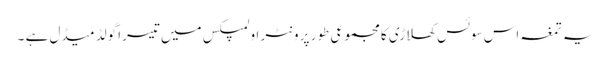
یہ تمغہ اس سوئس کھلاڑی کا مجموعی طور پر ونٹر اولمپکس میں تیسرا گولڈ میڈل ہے ۔